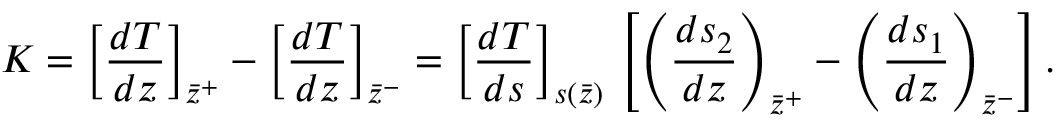
K = \left[ { \frac { d T } { d z } } \right] _ { \bar { z } ^ { + } } - \left[ { \frac { d T } { d z } } \right] _ { \bar { z } ^ { - } } = \left[ { \frac { d T } { d s } } \right] _ { s ( \bar { z } ) } \, \left[ \left( { \frac { d s _ { 2 } } { d z } } \right) _ { \bar { z } ^ { + } } - \left( { \frac { d s _ { 1 } } { d z } } \right) _ { \bar { z } ^ { - } } \right] .